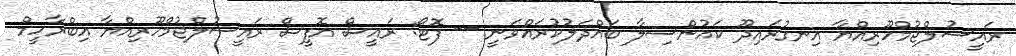
ރައީސުލްޖުމްހޫރިއްޔާ އިނގުރައިދޫ ކައުންސިލާ ބައްދަލުކުރައްވަނީ -- ފޮޓޯ: ރައީސް އޮފީސް ރައީސުލްޖުމްހޫރިއްޔާ އިބްރާހީމް